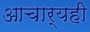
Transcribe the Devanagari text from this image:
आचार्यही